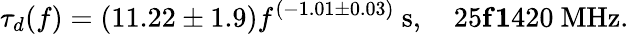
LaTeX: \tau_{d}(f)=(11.22\pm 1.9)f^{(-1.01\pm 0.03)}~\mathrm{s},\quad 25\le f\le 1420~\mathrm{MHz}.